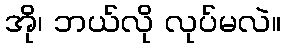
အို၊ ဘယ်လို လုပ်မလဲ။